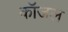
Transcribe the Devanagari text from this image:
कॉजल